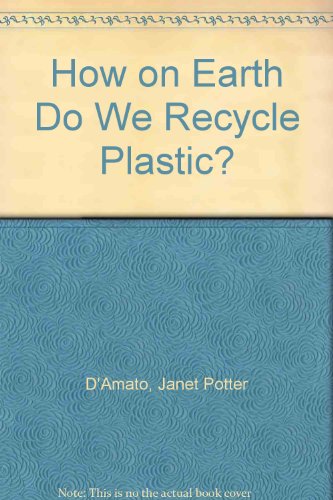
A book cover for How On Earth Do We Recycle Plastic?; D'Amato And Carter; Science & Math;